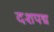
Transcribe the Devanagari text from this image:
दशपद्म